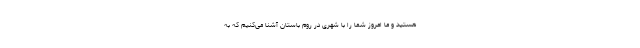
هستید و ما امروز شما را با شهری در روم باستان آشنا می‌‌کنیم که به